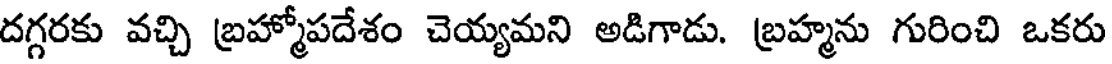
దగ్గరకు వచ్చి బ్రహ్మోపదేశం చెయ్యమని అడిగాడు. బ్రహ్మను గురించి ఒకరు